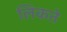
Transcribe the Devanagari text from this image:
लिकते